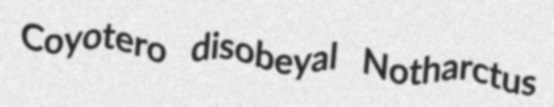
Coyotero disobeyal Notharctus